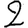
Digit: 2